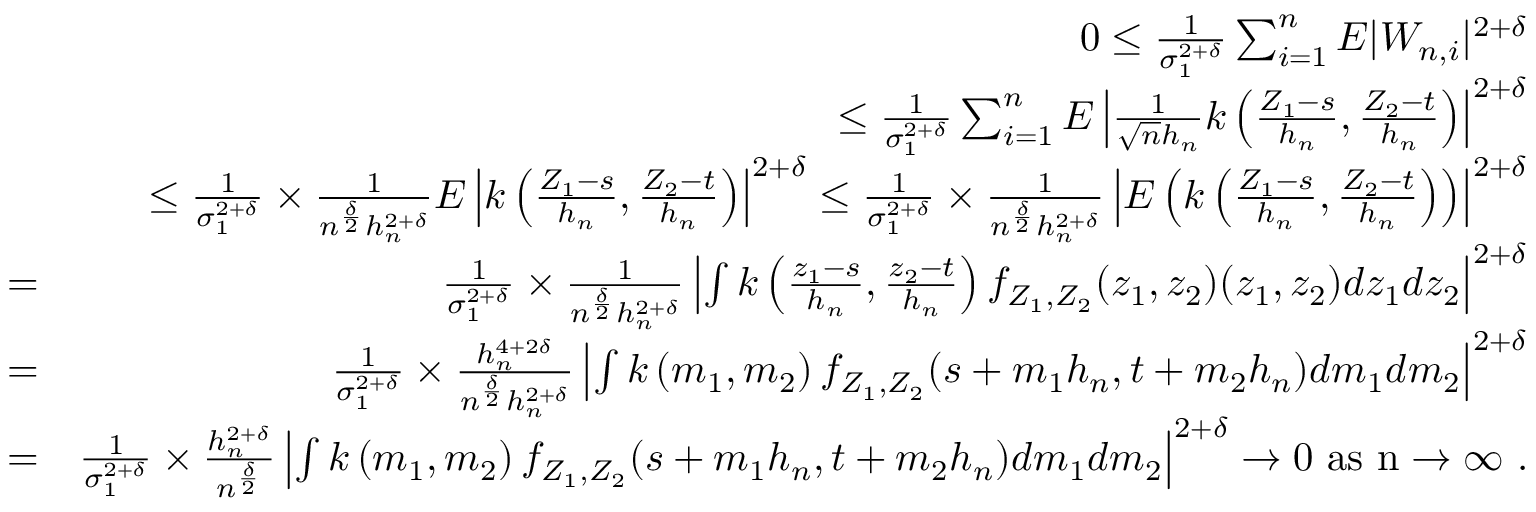
\begin{array} { r l r } & { } & { 0 \leq \frac { 1 } { \sigma _ { 1 } ^ { 2 + \delta } } \sum _ { i = 1 } ^ { n } E | W _ { n , i } | ^ { 2 + \delta } } \\ & { } & { \leq \frac { 1 } { \sigma _ { 1 } ^ { 2 + \delta } } \sum _ { i = 1 } ^ { n } E \left| \frac { 1 } { \sqrt { n } h _ { n } } k \left( \frac { Z _ { 1 } - s } { h _ { n } } , \frac { Z _ { 2 } - t } { h _ { n } } \right) \right| ^ { 2 + \delta } } \\ & { } & { \leq \frac { 1 } { \sigma _ { 1 } ^ { 2 + \delta } } \times \frac { 1 } { n ^ { \frac { \delta } { 2 } } h _ { n } ^ { 2 + \delta } } E \left| k \left( \frac { Z _ { 1 } - s } { h _ { n } } , \frac { Z _ { 2 } - t } { h _ { n } } \right) \right| ^ { 2 + \delta } \leq \frac { 1 } { \sigma _ { 1 } ^ { 2 + \delta } } \times \frac { 1 } { n ^ { \frac { \delta } { 2 } } h _ { n } ^ { 2 + \delta } } \left| E \left( k \left( \frac { Z _ { 1 } - s } { h _ { n } } , \frac { Z _ { 2 } - t } { h _ { n } } \right) \right) \right| ^ { 2 + \delta } } \\ & { = } & { \frac { 1 } { \sigma _ { 1 } ^ { 2 + \delta } } \times \frac { 1 } { n ^ { \frac { \delta } { 2 } } h _ { n } ^ { 2 + \delta } } \left| \int k \left( \frac { z _ { 1 } - s } { h _ { n } } , \frac { z _ { 2 } - t } { h _ { n } } \right) f _ { Z _ { 1 } , Z _ { 2 } } ( z _ { 1 } , z _ { 2 } ) ( z _ { 1 } , z _ { 2 } ) d z _ { 1 } d z _ { 2 } \right| ^ { 2 + \delta } } \\ & { = } & { \frac { 1 } { \sigma _ { 1 } ^ { 2 + \delta } } \times \frac { h _ { n } ^ { 4 + 2 \delta } } { n ^ { \frac { \delta } { 2 } } h _ { n } ^ { 2 + \delta } } \left| \int k \left( m _ { 1 } , m _ { 2 } \right) f _ { Z _ { 1 } , Z _ { 2 } } ( s + m _ { 1 } h _ { n } , t + m _ { 2 } h _ { n } ) d m _ { 1 } d m _ { 2 } \right| ^ { 2 + \delta } } \\ & { = } & { \frac { 1 } { \sigma _ { 1 } ^ { 2 + \delta } } \times \frac { h _ { n } ^ { 2 + \delta } } { n ^ { \frac { \delta } { 2 } } } \left| \int k \left( m _ { 1 } , m _ { 2 } \right) f _ { Z _ { 1 } , Z _ { 2 } } ( s + m _ { 1 } h _ { n } , t + m _ { 2 } h _ { n } ) d m _ { 1 } d m _ { 2 } \right| ^ { 2 + \delta } \rightarrow 0 ~ \mathrm { a s ~ n \rightarrow \infty ~ . } } \end{array}